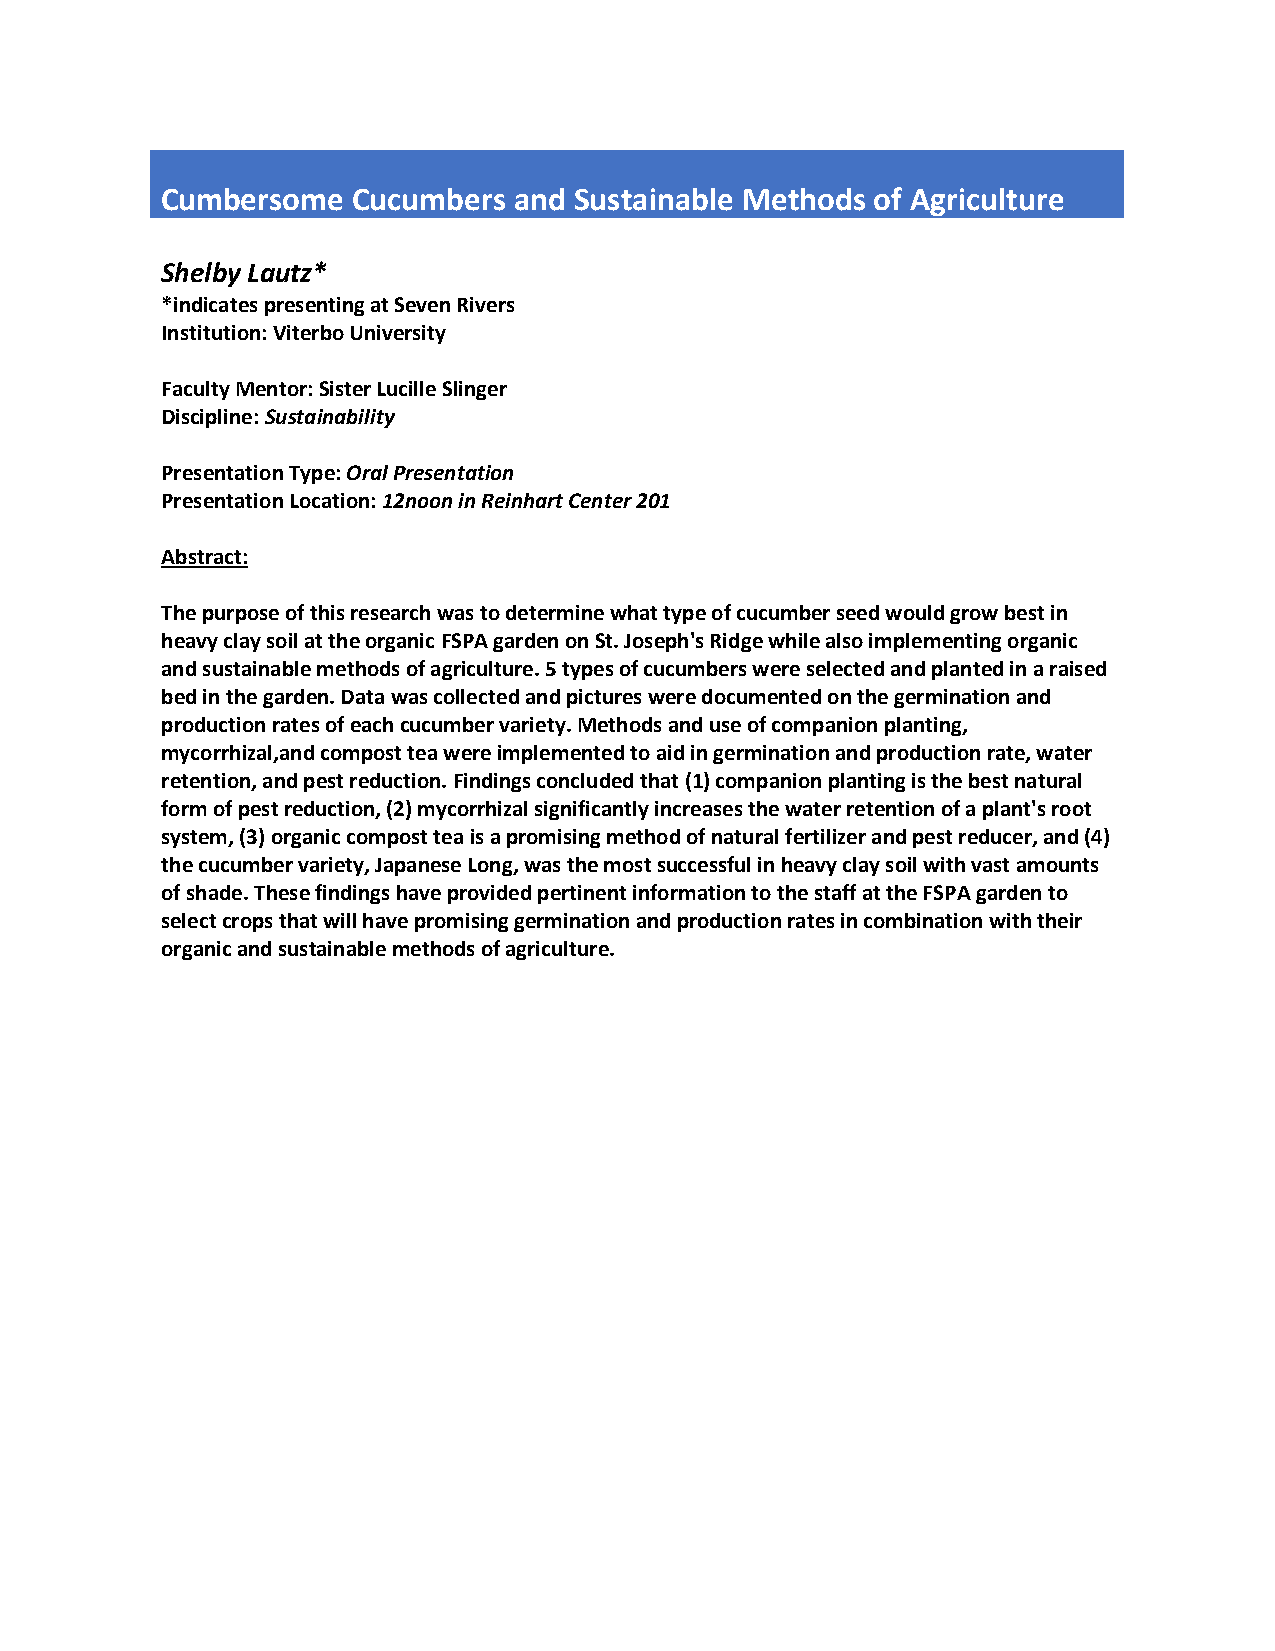
Cumbersome  Cucumbers  and Sustainable Methods of Agriculture
 Shelby Lautz*
 *indicates presenting at Seven Rivers
 Institution: Viterbo University
 Faculty Mentor: Sister Lucille Slinger
 Discipline: Sustainability
 Presentation Type: Oral Presentation
 Presentation Location: 12noon in Reinhart Center 201
 Abstract:
 The purpose of this research was to determine what type of cucumber seed would grow best in
 heavy clay soil at the organic FSPA garden on St. Joseph's Ridge while also implementing organic
 and sustainable methods of agriculture. 5 types of cucumbers were selected and planted in a raised
 bed in the garden. Data was collected and pictures were documented on the germination and
 production rates of each cucumber variety. Methods and use of companion planting,
 mycorrhizal,and compost tea were implemented to aid in germination and production rate, water
 retention, and pest reduction. Findings concluded that (1) companion planting is the best natural
 form of pest reduction, (2) mycorrhizal significantly increases the water retention of a plant's root
 system, (3) organic compost tea is a promising method of natural fertilizer and pest reducer, and (4)
 the cucumber variety, Japanese Long, was the most successful in heavy clay soil with vast amounts
 of shade. These findings have provided pertinent information to the staff at the FSPA garden to
 select crops that will have promising germination and production rates in combination with their
 organic and sustainable methods of agriculture.